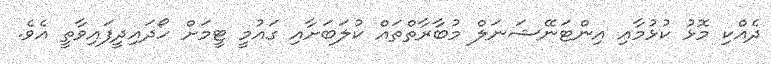
ދެއްކި މޮޅު ކުޅުމާއި އިންޓަނޭޝަނަލް މުބާރާތްތައް ކުލަބަށާއި ގައުމީ ޓީމަށް ހޯދައިދީފައިވާތީ އެވެ.